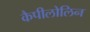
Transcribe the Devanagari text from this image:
कैपीलोलिन